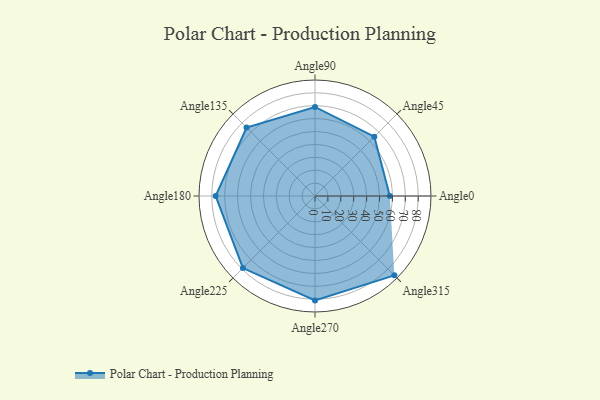
{"axis": {"x": "Angle", "y": "Radius"}, "legend": [""], "data": [{"x": "Angle0", "y": 58.0, "type": ""}, {"x": "Angle45", "y": 65.0, "type": ""}, {"x": "Angle90", "y": 69.0, "type": ""}, {"x": "Angle135", "y": 75.0, "type": ""}, {"x": "Angle180", "y": 77.0, "type": ""}, {"x": "Angle225", "y": 79.0, "type": ""}, {"x": "Angle270", "y": 81.0, "type": ""}, {"x": "Angle315", "y": 87.0, "type": ""}]}